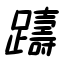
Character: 躊